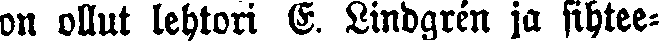
on ollut lehtori E. Lindgrén ja sihtee-